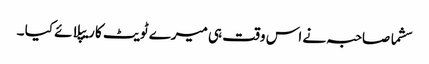
سشما صاحبہ نے اس وقت ہی میرے ٹویٹ کا ریپلائے کیا ۔